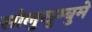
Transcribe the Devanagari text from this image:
सोलुखुम्बुमे